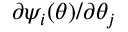
\partial \psi _ { i } ( { \boldsymbol { \theta } } ) / \partial \theta _ { j }